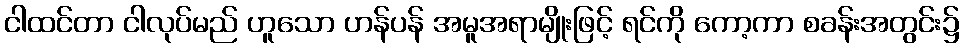
ငါထင်တာ ငါလုပ်မည် ဟူသော ဟန်ပန် အမူအရာမျိုးဖြင့် ရင်ကို ကော့ကာ စခန်းအတွင်း၌